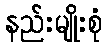
နည်းမျိုးစုံ